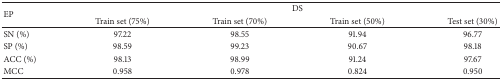
| <ROWSPAN=2> EP | <COLSPAN=4> DS |
 | Train set (75%) | Train set (70%) | Train set (50%) | Test set (30%) |
 | --- | --- | --- | --- | --- |
 | SN (%) | 97.22 | 98.55 | 91.94 | 96.77 |
 | SP (%) | 98.59 | 99.23 | 90.67 | 98.18 |
 | ACC (%) | 98.13 | 98.99 | 91.24 | 97.67 |
 | MCC | 0.958 | 0.978 | 0.824 | 0.950 |